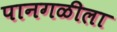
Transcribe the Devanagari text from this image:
पानगळीला